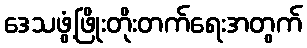
ဒေသဖွံ့ဖြိုးတိုးတက်ရေးအတွက်